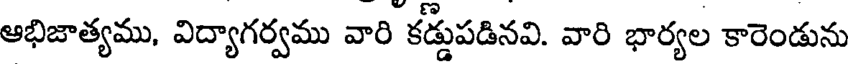
ఆభిజాత్యము, విద్యాగర్వము వారి కడ్డుపడినవి. వారి భార్యల కారెండును